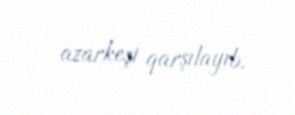
azarkeşi qarşılayıb.